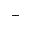
^ { + }